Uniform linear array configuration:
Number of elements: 4
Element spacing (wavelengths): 0.5
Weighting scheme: uniform
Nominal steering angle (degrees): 0
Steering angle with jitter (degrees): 1.029
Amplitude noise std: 0.05
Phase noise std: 0.05

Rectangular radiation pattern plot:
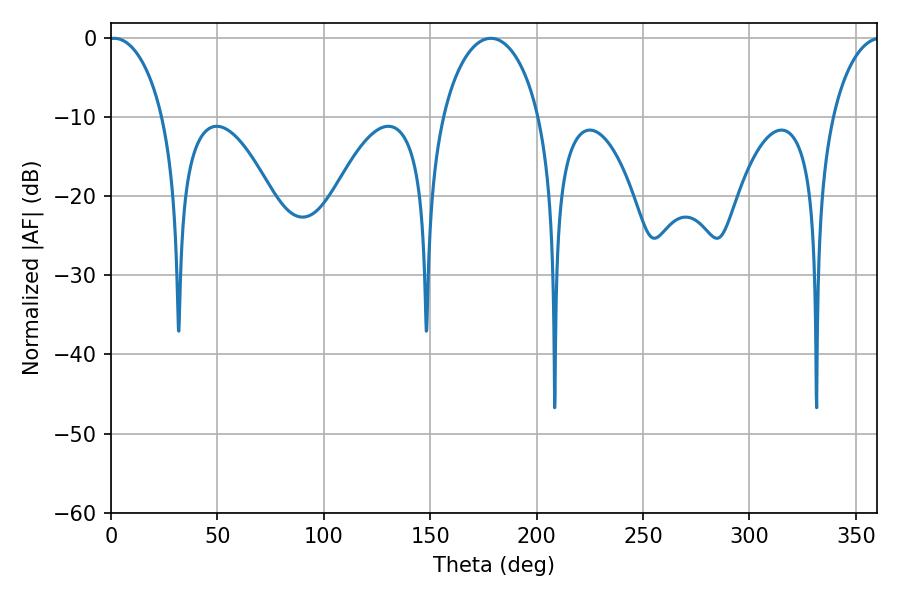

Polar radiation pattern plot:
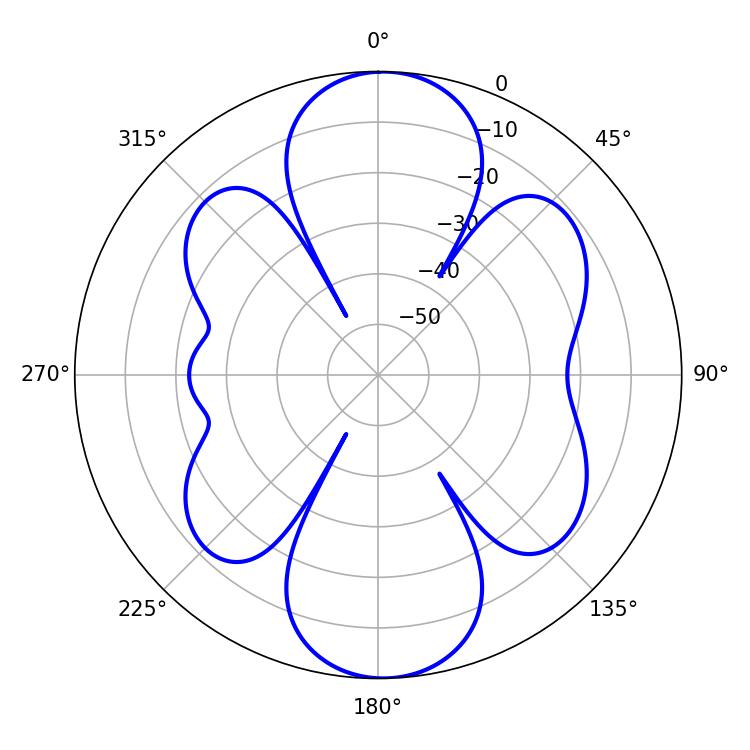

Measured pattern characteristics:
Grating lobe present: FALSE
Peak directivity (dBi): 16.925
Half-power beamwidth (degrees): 14.58
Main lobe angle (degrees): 1.44